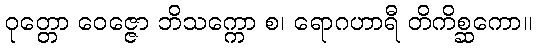
ဝုတ္တော ဝေဇ္ဇော ဘိသက္ကော စ၊ ရောဂဟာရီ တိကိစ္ဆကော။